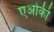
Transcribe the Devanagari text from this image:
एओकी